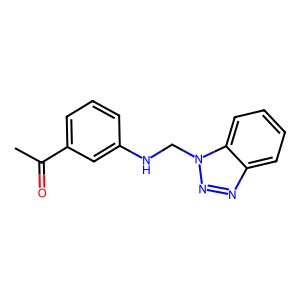
SMILES: CC(=O)c1cccc(NCn2nnc3ccccc32)c1
Inhibits HIV replication: No